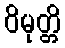
ဝိမုတ္တိ